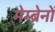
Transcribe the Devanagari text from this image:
मेम्ब्रेनों